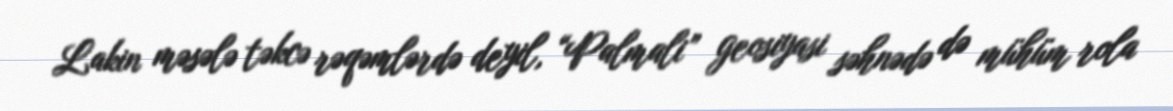
Lakin məsələ təkcə rəqəmlərdə deyil, “Palmali” geosiyasi səhnədə də mühüm rola